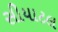
સીયાટલ